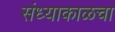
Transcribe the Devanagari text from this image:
संध्याकाळचा